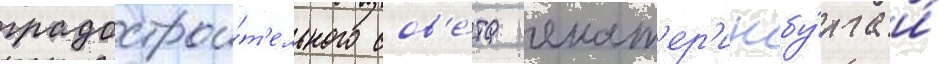
градострои́т'ельного сов'е́та екат'ер'инбу́рга и́